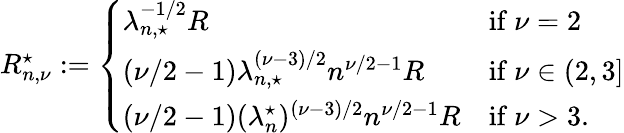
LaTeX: \begin{array}{r}{R_{n,\nu}^{\star}:=\left\{ \begin{array}{ll}{\lambda_{n,\star}^{-1/2}R}&{\mathrm{if~}\nu=2}\\ {(\nu/2-1)\lambda_{n,\star}^{(\nu-3)/2}n^{\nu/2-1}R}&{\mathrm{if~}\nu\in(2,3]}\\ {(\nu/2-1)(\lambda_{n}^{\star})^{(\nu-3)/2}n^{\nu/2-1}R}&{\mathrm{if~}\nu>3.}\end{array}\right.}\end{array}